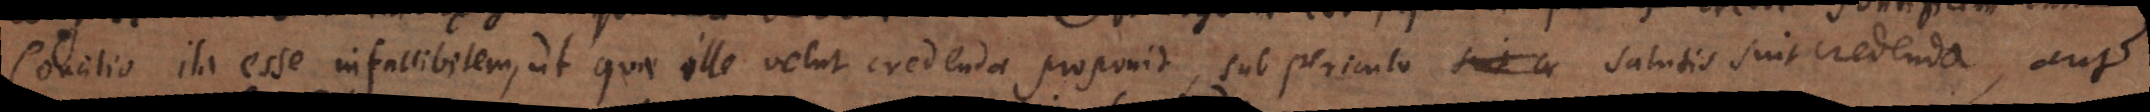
Concilio ita esse infallibilem, ut quae ille velut credenda proponit, sub periculo salutis sint credenda, aut